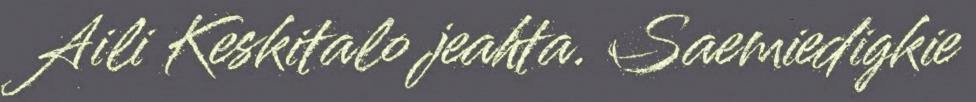
Aili Keskitalo jeahta. Saemiedigkie